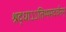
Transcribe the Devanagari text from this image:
श्रद्धाऽऽतिथ्यमदर्चनम्